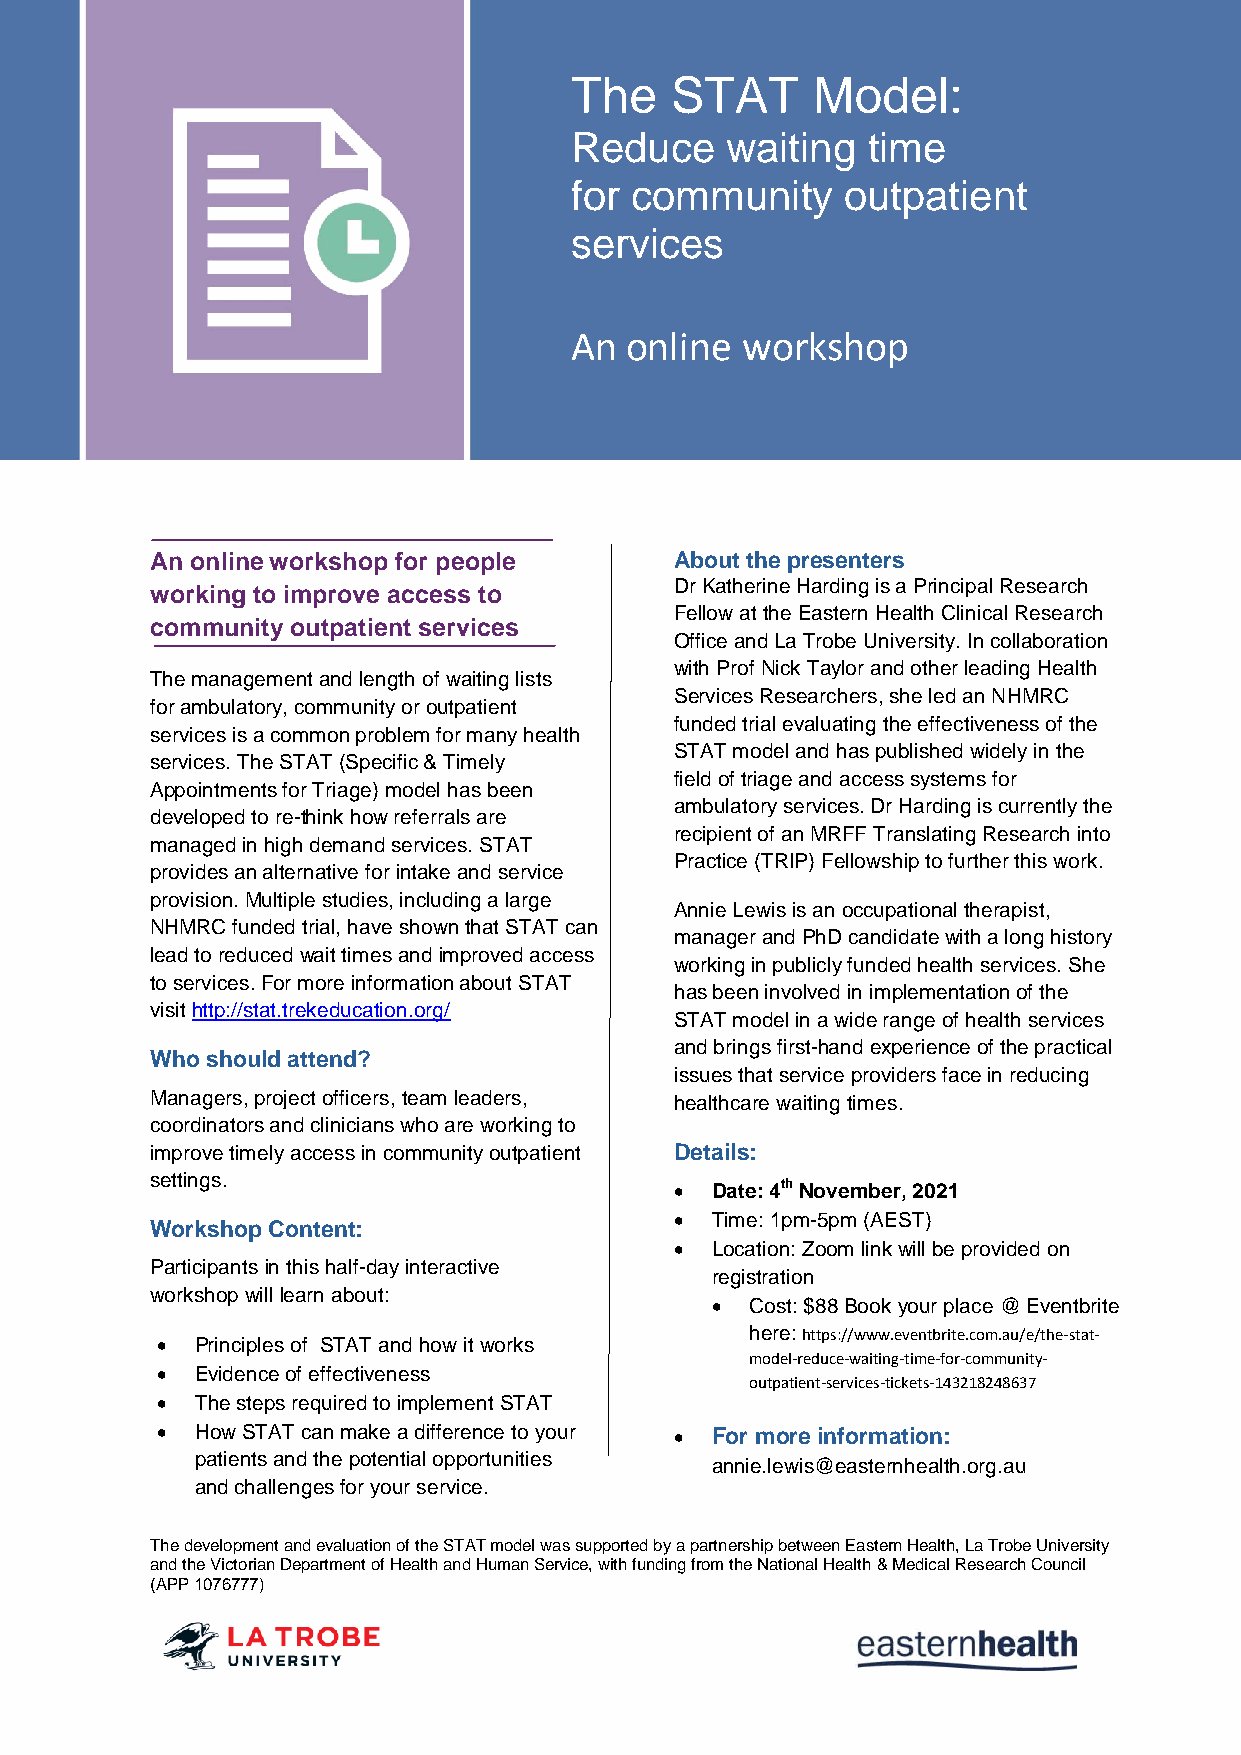
The   STAT      Model:
 Reduce    waiting  time
 for community     outpatient
 services
 An online  workshop
 An online workshop for people      About the presenters
 Dr Katherine Harding is a Principal Research
 working to improve access to
 Fellow at the Eastern Health Clinical Research
 community outpatient services
 Office and La Trobe University. In collaboration
 with Prof Nick Taylor and other leading Health
 The management and length of waiting lists
 Services Researchers, she led an NHMRC
 for ambulatory, community or outpatient
 funded trial evaluating the effectiveness of the
 services is a common problem for many health
 STAT model and has published widely in the
 services. The STAT (Specific & Timely
 field of triage and access systems for
 Appointments for Triage) model has been
 ambulatory services. Dr Harding is currently the
 developed to re-think how referrals are
 recipient of an MRFF Translating Research into
 managed in high demand services. STAT
 Practice (TRIP) Fellowship to further this work.
 provides an alternative for intake and service
 provision. Multiple studies, including a large
 Annie Lewis is an occupational therapist,
 NHMRC funded trial, have shown that STAT can
 manager and PhD candidate with a long history
 lead to reduced wait times and improved access
 working in publicly funded health services. She
 to services. For more information about STAT
 has been involved in implementation of the
 visit http://stat.trekeducation.org/
 STAT model in a wide range of health services
 and brings first-hand experience of the practical
 Who should attend?
 issues that service providers face in reducing
 Managers, project officers, team leaders, healthcare waiting times.
 coordinators and clinicians who are working to
 improve timely access in community outpatient Details:
 settings.                           Date: 4th November, 2021
  Time: 1pm-5pm (AEST)
 Workshop Content:
  Location: Zoom link will be provided on
 Participants in this half-day interactive
 registration
 workshop will learn about:
   Cost: $88 Book your place @ Eventbrite
 here: https://www.eventbrite.com.au/e/the-stat-
   Principles of STAT and how it works
 model-reduce-waiting-time-for-community-
   Evidence of effectiveness
 outpatient-services-tickets-143218248637
   The steps required to implement STAT
   How STAT can make a difference to your  For more information:
 patients and the potential opportunities
 annie.lewis@easternhealth.org.au
 and challenges for your service.
 The development and evaluation of the STAT model was supported by a partnership between Eastern Health, La Trobe University
 and the Victorian Department of Health and Human Service, with funding from the National Health & Medical Research Council
 (APP 1076777)